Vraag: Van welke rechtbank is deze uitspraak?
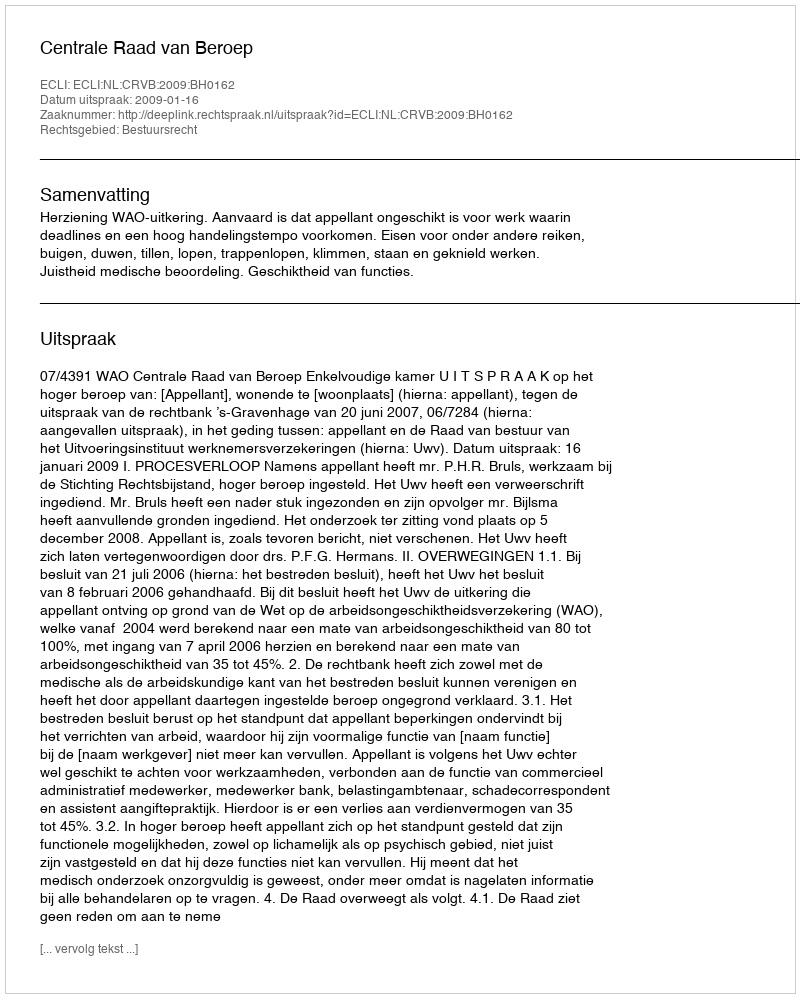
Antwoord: Centrale Raad van Beroep